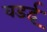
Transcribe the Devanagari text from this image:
वडई